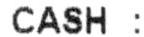
CASH :